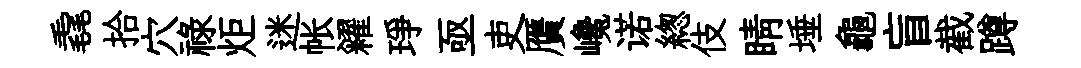
毳拾穴祿炬迷帐糴琤亟吏贋巉诺緫伎睛埵龜盲截蹲